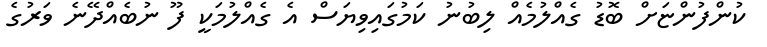
ކުންފުންޏަށް ބޮޑު ގެއްލުމެއް ލިބުނު ކަމުގައިވިޔަސް އެ ގެއްލުމަކީ ފޫ ނުބެއްދޭނެ ވަރުގެ